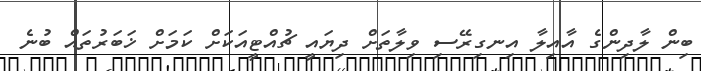
ބިން ލާދިންގެ އާއިލާ އިނގިރޭސި ވިލާތަށް ދިޔައީ ޗުއްޓީއަކަށް ކަމަށް ޚަބަރުތައް ބުނެ